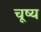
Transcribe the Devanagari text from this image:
चूष्य